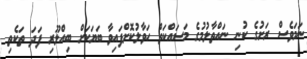
ނަމަވެސް ރަށުގެ ކުނި ނައްތާލުމުގެ މަސައްކަތް ހަވާލުކޮށްފައިވާ ބަޔަކަށް ބިއްލޫރި ފަދަ ތަކެތި